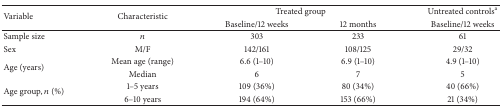
<table><thead><tr><td rowspan="2"><b>Variable</b></td><td rowspan="2"><b>Characteristic</b></td><td colspan="2"><b>Treated group</b></td><td><b>Untreated controls<sup>a</sup></b></td></tr><tr><td><b>Baseline/12 weeks</b></td><td><b>12 months</b></td><td><b>Baseline/12 weeks</b></td></tr></thead><tbody><tr><td>Sample size</td><td><i>n</i></td><td>303</td><td>233</td><td>61</td></tr><tr><td>Sex </td><td>M/F</td><td>142/161</td><td>108/125</td><td>29/32</td></tr><tr><td rowspan="2">Age (years)</td><td>Mean age (range)</td><td>6.6 (1–10)</td><td>6.9 (1–10)</td><td>4.9 (1–10)</td></tr><tr><td>Median</td><td>6</td><td>7</td><td>5</td></tr><tr><td rowspan="2">Age group, <i>n</i> (%)</td><td>1–5 years</td><td>109 (36%)</td><td>80 (34%)</td><td>40 (66%)</td></tr><tr><td>6–10 years</td><td>194 (64%)</td><td>153 (66%)</td><td>21 (34%)</td></tr></tbody></table>